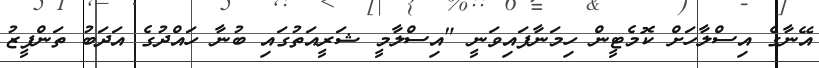
އޭނާގެ އިސްލާހަށް ކޮމެޓީން ހިމަނާފައިވަނީ "އިސްލާމީ ޝަރީއަތުގައި ބުނާ ހައްދުގެ އަދަބު ތަންފީޒު